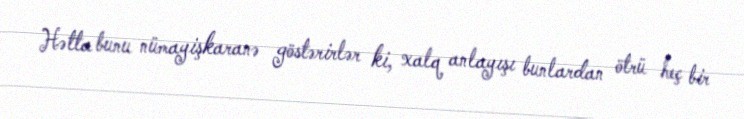
Hətta bunu nümayişkaranə göstərirlər ki, xalq anlayışı bunlardan ötrü heç bir